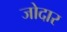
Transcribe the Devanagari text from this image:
जोदार